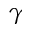
\gamma